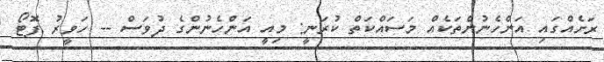
ރަށެއްގައި އަންހެނުންތަކެއް މަސައްކަތް ކުރަނީ: މިއީ އަންހެނުންގެ ދުވަސް -- ހަވީރު ފޮޓޯ